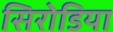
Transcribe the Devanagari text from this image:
सिरोडिया